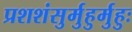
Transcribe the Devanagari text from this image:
प्रशशंसुर्मुहुर्मुहुः